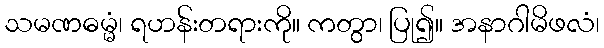
သမဏဓမ္မံ၊ ရဟန်းတရားကို။ ကတွာ၊ ပြု၍။ အနာဂါမိဖလံ၊